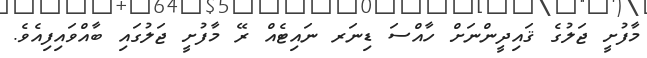
މާފުށީ ޖަލުގެ ޤައިދީންނަށް ހާއްސަ ޑިނަރ ނައިޓެއް ރޭ މާފުށީ ޖަލުގައި ބާއްވައިފިއެވެ.